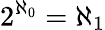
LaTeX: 2^{\aleph_{0}}=\aleph_{1}